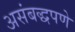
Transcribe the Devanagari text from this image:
असंबद्धपणे